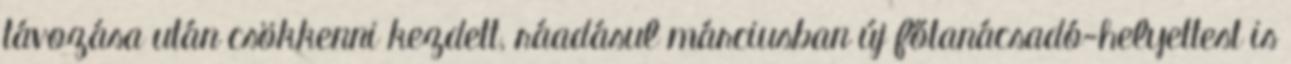
távozása után csökkenni kezdett, ráadásul márciusban új főtanácsadó-helyettest is